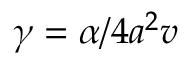
\gamma = { \alpha } / { 4 a ^ { 2 } v }